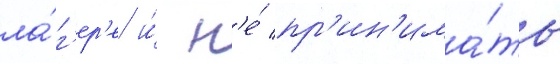
ла́г'ер'е и́ н'е́ пр'ин'има́ть